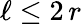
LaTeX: \ell\le 2\, r